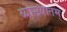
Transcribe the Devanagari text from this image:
व्याख्यातम्